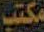
مكتب